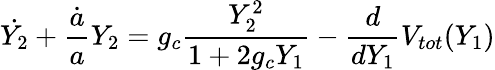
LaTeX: \dot{Y_{2}}+{\frac{\dot{a}}{a}}{Y_{2}}=g_{c}{\frac{Y_{2}^{2}}{1+2g_{c}Y_{1}}}-{\frac{d}{dY_{1}}}V_{tot}(Y_{1})